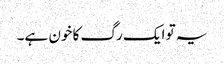
یہ تو ایک رگ کا خون ہے۔